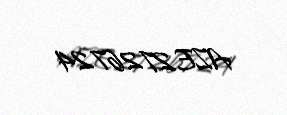
AZE2726724